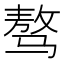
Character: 骜